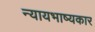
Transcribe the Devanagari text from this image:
न्यायभाष्यकार